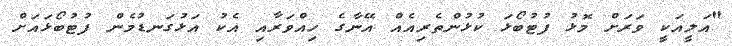
"އަލީއަކީ ވަރަށް މޮޅު ފުޓުބޯޅަ ކުޅުންތެރިއެއް އޭނާގެ ހިއްވަރާއި އެކު އަޅުގަނޑުމެން ފުޓުބޯޅައަށް